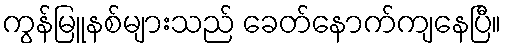
ကွန်မြူနစ်များသည် ခေတ်နောက်ကျနေပြီ။